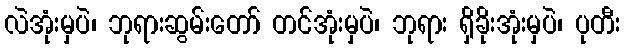
လဲအုံးမှပဲ၊ ဘုရားဆွမ်းတော် တင်အုံးမှပဲ၊ ဘုရား ရှိခိုးအုံးမှပဲ၊ ပုတီး